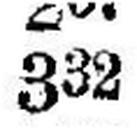
332